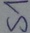
Text: S1